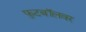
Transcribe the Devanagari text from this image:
फुटबॉलवर